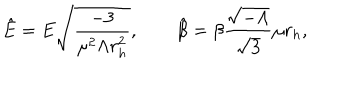
{ \hat { E } } = E { \sqrt { \frac { - 3 } { \mu ^ { 2 } \Lambda r _ { h } ^ { 2 } } } } , \qquad { \hat { \beta } } = \beta \frac { { \sqrt { - \Lambda } } } { { \sqrt { 3 } } } \mu r _ { h } ,